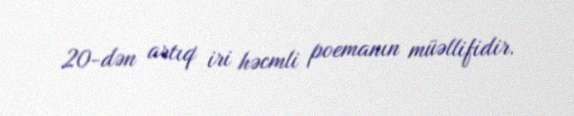
20-dən artıq iri həcmli poemanın müəllifidir.